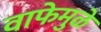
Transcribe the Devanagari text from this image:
वाफेमुळे